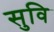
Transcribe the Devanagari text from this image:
सुवि